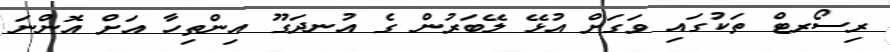
ރިސޯރޓް ތަކުގައި ވަގަށް އުޅޭ ލޭބަރުން ގެ އުނދަގޫ އިންތިހާ އަށް އޮންނަ